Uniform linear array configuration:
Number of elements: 64
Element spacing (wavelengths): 0.25
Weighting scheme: binomial
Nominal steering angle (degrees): -60
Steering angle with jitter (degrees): -58.961
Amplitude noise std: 0.05
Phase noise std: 0.05

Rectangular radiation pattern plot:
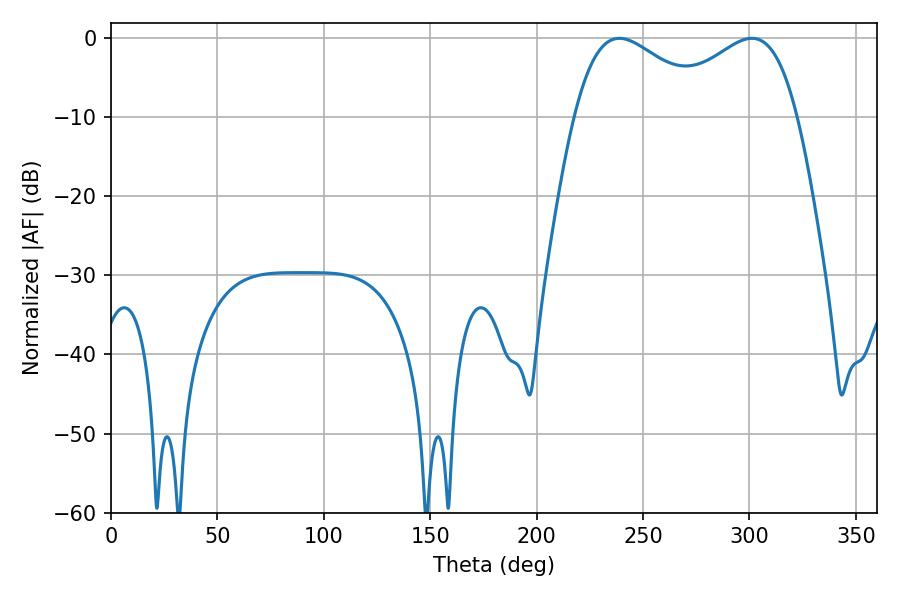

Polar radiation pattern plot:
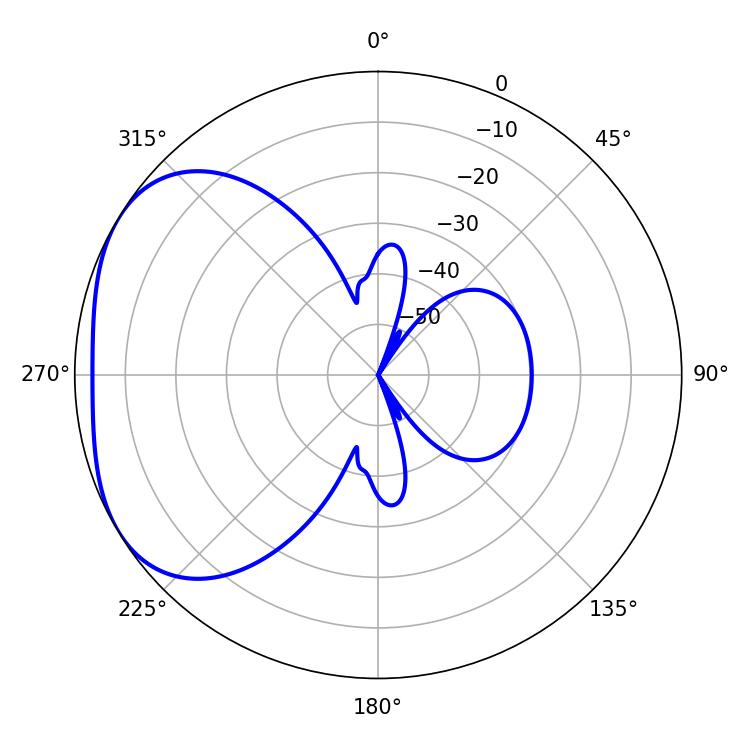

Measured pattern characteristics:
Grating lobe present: FALSE
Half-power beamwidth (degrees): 35.46
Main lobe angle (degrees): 238.86